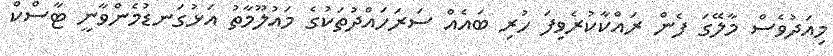
މިއަދުވެސް މާލޭގަ ފެން ރައްކާކުރެވިފަ ހުރި ބައެއް ސަރަހައްދުތަކުގެ މައުލޫމާތު އަޅުގަނޑުމެންވާނީ ޓާސްކް